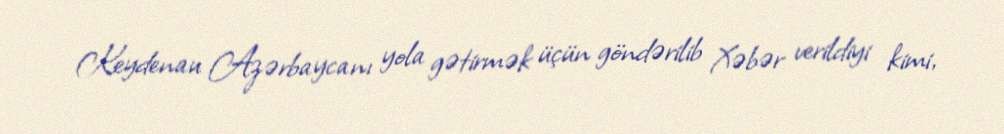
Keydenau Azərbaycanı yola gətirmək üçün göndərilib Xəbər verildiyi kimi,